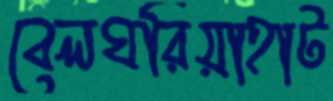
বেলঘরিয়াহাট